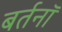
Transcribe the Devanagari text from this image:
बर्तनॉ